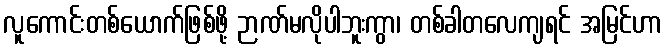
လူကောင်းတစ်ယောက်ဖြစ်ဖို့ ဉာဏ်မလိုပါဘူးကွာ၊ တစ်ခါတလေကျရင် အမြင်ဟာ